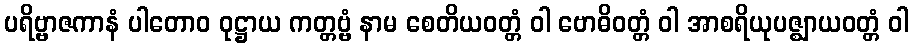
ပရိဗ္ဗာဇကာနံ ပါတောဝ ဝုဋ္ဌာယ ကတ္တဗ္ဗံ နာမ စေတိယဝတ္တံ ဝါ ဗောဓိဝတ္တံ ဝါ အာစရိယုပဇ္ဈာယဝတ္တံ ဝါ